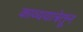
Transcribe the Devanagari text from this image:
काव्ययात्रेतून